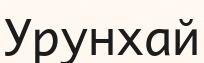
Урунхай